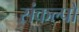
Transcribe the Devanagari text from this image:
संकल्पो